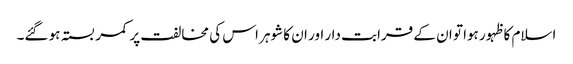
اسلام کا ظہور ہوا تو ان کے قرابت دار اور ان کا شوہر اس کی مخالفت پر کمر بستہ ہو گئے۔